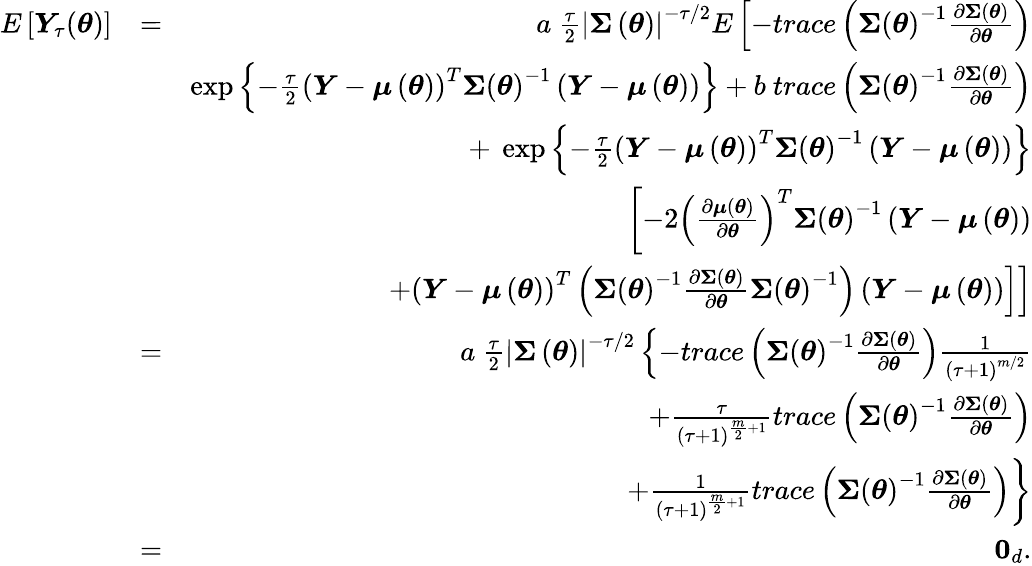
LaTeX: \begin{array}{rlr}{E\left[\boldsymbol{Y}_{\tau}(\boldsymbol{\theta})\right]}&{=}&{a\mathrm{~}\frac{\tau}{2}\left\vert\boldsymbol{\Sigma}\left(\boldsymbol{\theta}\right)\right\vert^{-\tau/2}E\left[-trace\left(\boldsymbol{\Sigma}\left(\boldsymbol{\theta}\right)^{-1}\frac{\partial\boldsymbol{\Sigma}\left(\boldsymbol{\theta}\right)}{\partial\boldsymbol{\theta}}\right)\right.}\\ &{}&{\left.\left.\exp\left\{ -\frac{\tau}{2}\left(\boldsymbol{Y}-\boldsymbol{\mu}\left(\boldsymbol{\theta}\right)\right)^{T}\boldsymbol{\Sigma}\left(\boldsymbol{\theta}\right)^{-1}\left(\boldsymbol{Y}-\boldsymbol{\mu}\left(\boldsymbol{\theta}\right)\right)\right\} +b\mathrm{~}trace\left(\boldsymbol{\Sigma}\left(\boldsymbol{\theta}\right)^{-1}\frac{\partial\boldsymbol{\Sigma}\left(\boldsymbol{\theta}\right)}{\partial\boldsymbol{\theta}}\right)\right.\right.}\\ &{}&{\left.\left.+\mathrm{~}\exp\left\{ -\frac{\tau}{2}\left(\boldsymbol{Y}-\boldsymbol{\mu}\left(\boldsymbol{\theta}\right)\right)^{T}\boldsymbol{\Sigma}\left(\boldsymbol{\theta}\right)^{-1}\left(\boldsymbol{Y}-\boldsymbol{\mu}\left(\boldsymbol{\theta}\right)\right)\right\} \right.\right.}\\ &{}&{\left.\left[-2\left(\frac{\partial\boldsymbol{\mu}\left(\boldsymbol{\theta}\right)}{\partial\boldsymbol{\theta}}\right)^{T}\boldsymbol{\Sigma}\left(\boldsymbol{\theta}\right)^{-1}\left(\boldsymbol{Y}-\boldsymbol{\mu}\left(\boldsymbol{\theta}\right)\right)\right.\right.}\\ &{}&{\left.\left.+\left(\boldsymbol{Y}-\boldsymbol{\mu}\left(\boldsymbol{\theta}\right)\right)^{T}\left(\boldsymbol{\Sigma}\left(\boldsymbol{\theta}\right)^{-1}\frac{\partial\boldsymbol{\Sigma}\left(\boldsymbol{\theta}\right)}{\partial\boldsymbol{\theta}}\boldsymbol{\Sigma}\left(\boldsymbol{\theta}\right)^{-1}\right)\left(\boldsymbol{Y}-\boldsymbol{\mu}\left(\boldsymbol{\theta}\right)\right)\right]\right]}\\ &{=}&{a\mathrm{~}\frac{\tau}{2}\left\vert\boldsymbol{\Sigma}\left(\boldsymbol{\theta}\right)\right\vert^{-\tau/2}\left\{ -trace\left(\boldsymbol{\Sigma}\left(\boldsymbol{\theta}\right)^{-1}\frac{\partial\boldsymbol{\Sigma}\left(\boldsymbol{\theta}\right)}{\partial\boldsymbol{\theta}}\right)\frac{1}{\left(\tau+1\right)^{m/2}}\right.}\\ &{}&{\left.+\frac{\tau}{\left(\tau+1\right)^{\frac{m}{2}+1}}trace\left(\boldsymbol{\Sigma}\left(\boldsymbol{\theta}\right)^{-1}\frac{\partial\boldsymbol{\Sigma}\left(\boldsymbol{\theta}\right)}{\partial\boldsymbol{\theta}}\right)\right.}\\ &{}&{\left.+\frac{1}{\left(\tau+1\right)^{\frac{m}{2}+1}}trace\left(\boldsymbol{\Sigma}\left(\boldsymbol{\theta}\right)^{-1}\frac{\partial\boldsymbol{\Sigma}\left(\boldsymbol{\theta}\right)}{\partial\boldsymbol{\theta}}\right)\right\} }\\ &{=}&{\boldsymbol{0}_{d}.}\end{array}